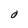
Character: O